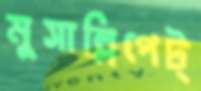
মুসাল্লিপেট্